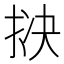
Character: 𪭱